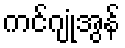
ကင်ဂျုံအွန်